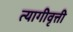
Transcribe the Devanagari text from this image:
त्यागीवृत्ती